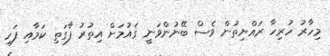
މިހާރު ހުރިހާ ރައްޔިތުން ވެސް ބޭނުންވަނީ ޤައުމަށް އިތުރު ފާގަތި ކަމާއި ފަހި